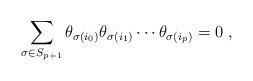
LaTeX: \begin{align*}\sum_{\sigma \in S_{p+1}}\theta_{\sigma (i_{0})}\theta_{\sigma(i_{1})}\cdots\theta_{\sigma(i_{p})}=0\;,\end{align*}